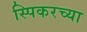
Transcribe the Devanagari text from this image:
स्पिकरच्या